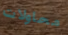
محاولات